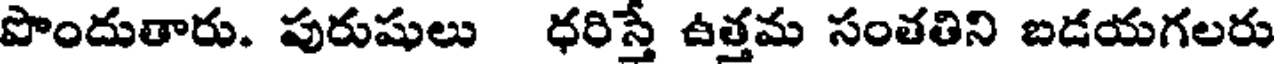
పొందుతారు. పురుషులు ధరిస్తే ఉత్తమ సంతతిని బడయగలరు